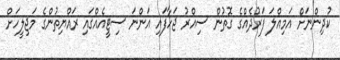
ކުދިންނަށް އަމިއްލަ ފަރުދެއްގެ ގޮތުން ސިއްރު ޖަހާފައި އަންނަ ސިޓީއެއްގައި ރައްޔިތުންގެ މަޖިލީހަށް